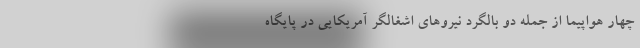
چهار هواپیما از جمله دو بالگرد نیروهای اشغالگر آمریکایی در پایگاه